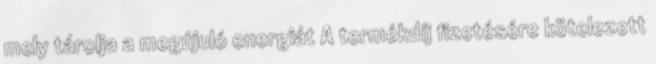
mely tárolja a megújuló energiát A termékdíj fizetésére kötelezett